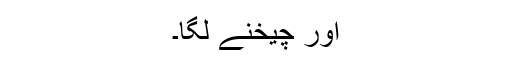
اور چیخنے لگا۔